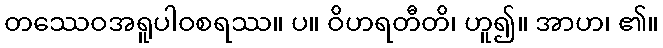
တဿေဝအရူပါဝစရဿ။ ပ။ ဝိဟရတီတိ၊ ဟူ၍။ အာဟ၊ ၏။